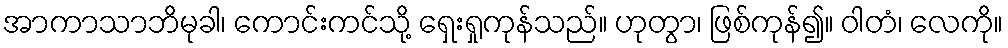
အာကာသာဘိမုခါ၊ ကောင်းကင်သို့ ရှေးရှုကုန်သည်။ ဟုတွာ၊ ဖြစ်ကုန်၍။ ဝါတံ၊ လေကို။